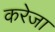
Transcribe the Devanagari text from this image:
करेजा